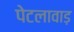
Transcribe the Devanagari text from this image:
पेटलावाड़